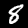
Label: 8